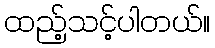
ထည့်သင့်ပါတယ်။